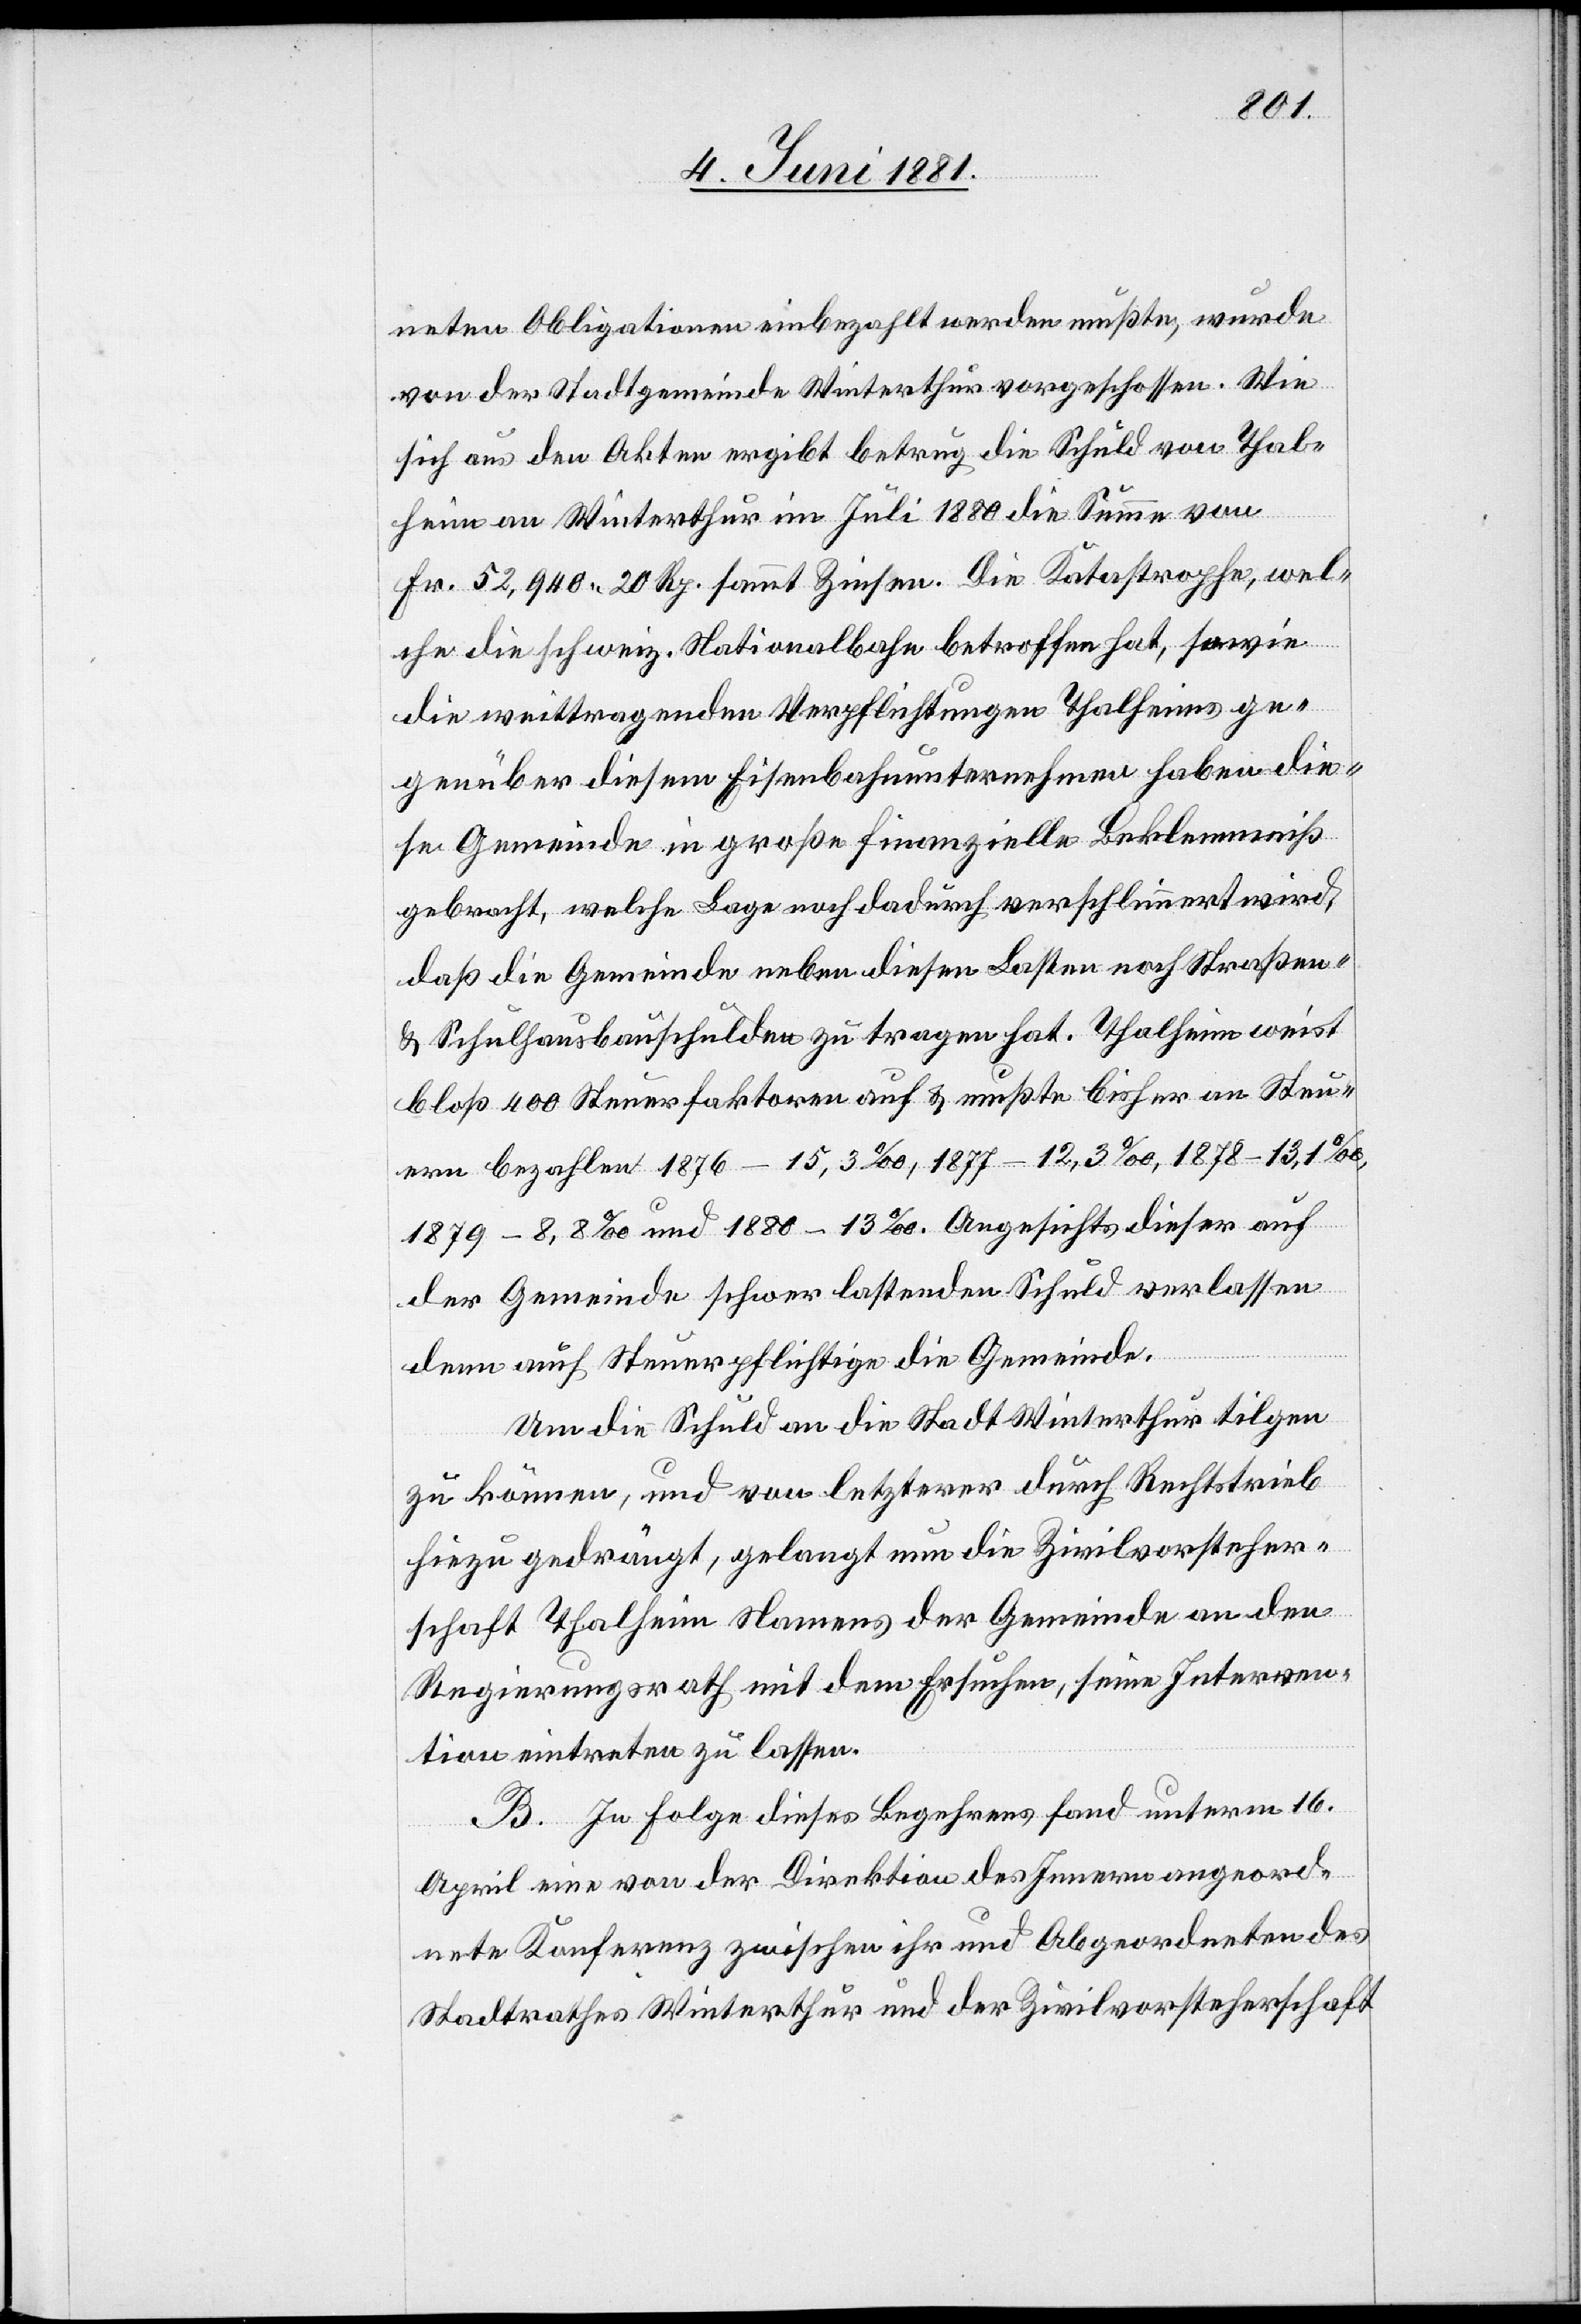
neten Obligationen einbezahlt werden mußte, wurde
von der Stadtgemeinde Winterthur vorgeschossen. Wie
sich aus den Akten ergibt betrug die Schuld von Thal¬
heim an Winterthur im Juli 1880 die Summe von
Fr. 52,940 20 Rp. sammt Zinsen. Die Katastrophe, wel¬
che die schweiz. Nationalbahn betroffen hat, sowie
die weittragenden Verpflichtungen Thalheims ge¬
genüber diesen Eisenbahnunternehmen haben die¬
se Gemeinde in große finanzielle Beklemmniß
gebracht, welche Lage noch dadurch verschlimmert wird,
daß die Gemeinde neben diesen Lasten noch Straßen-
& Schulhausbauschulden zu tragen hat. Thalheim weist
bloß 400 Steuerfaktoren auf & mußte bisher an Steu¬
ern bezahlen 1876 – 15,3‰, 1877 – 12,3‰, 1879 – 8,8‰ und
der Gemeinde schwer lastenden Schuld verlassen
denn auch Steuerpflichtige die Gemeinde.
Um die Schuld an die Stadt Winterthur tilgen
zu können, und von letzterer durch Rechtstrieb
hiezu gedrängt, gelangt nun die Zivilvorsteher¬
schaft Thalheim Namens der Gemeinde an den
Regierungsrath mit dem Ersuchen, seine Interven¬
tion eintreten zu lassen.
B. In Folge dieses Begehrens fand unterm 16.
April eine von der Direktion des Innern angeord¬
nete Konferenz zwischen ihr und Abgeordneten des
Stadtrathes Winterthur und der Zivilvorsteherschaft